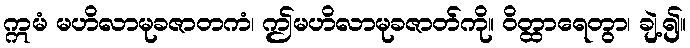
ဣမံ မဟိလာမုခဇာတကံ၊ ဤမဟိလာမုခဇာတ်ကို။ ဝိတ္ထာရေတွာ၊ ချဲ့၍။